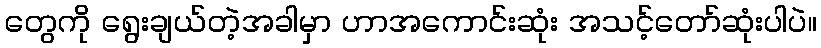
တွေကို ရွေးချယ်တဲ့အခါမှာ ဟာအကောင်းဆုံး အသင့်တော်ဆုံးပါပဲ။